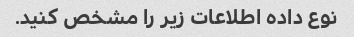
نوع داده اطلاعات زیر را مشخص کنید.